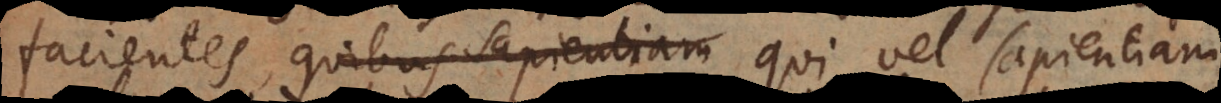
facientes, quibus sapientiam qui vel sapientiam